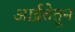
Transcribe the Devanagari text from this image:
आर्द्रतेतून